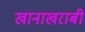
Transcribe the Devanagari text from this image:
खानाखराबी